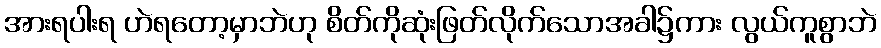
အားရပါးရ ဟဲရတော့မှာဘဲဟု စိတ်ကိုဆုံးဖြတ်လိုက်သောအခါ၌ကား လွယ်ကူစွာဘဲ